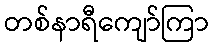
တစ်နာရီကျော်ကြာ